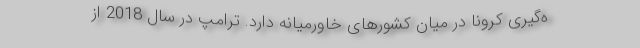
ه‌گیری کرونا در میان کشورهای خاورمیانه دارد. ترامپ در سال 2018 از